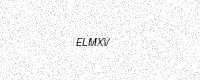
Text: ELMXV